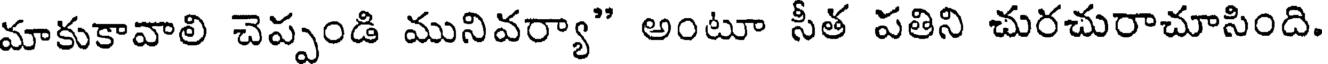
మాకుకావాలి చెప్పండి మునివర్యా" అంటూ సీత పతిని చురచురాచూసింది.